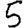
Digit: 5